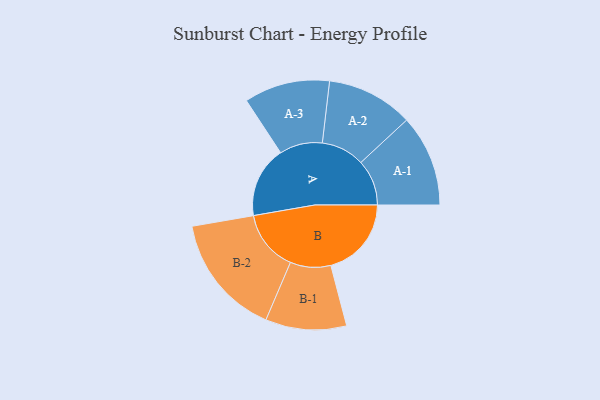
{"axis": {"x": "Segment", "y": "Value"}, "legend": ["", "A", "B"], "data": [{"x": "A", "y": 332, "type": ""}, {"x": "B", "y": 376, "type": ""}, {"x": "A-1", "y": 214, "type": "A"}, {"x": "A-2", "y": 202, "type": "A"}, {"x": "A-3", "y": 200, "type": "A"}, {"x": "B-1", "y": 189, "type": "B"}, {"x": "B-2", "y": 285, "type": "B"}]}